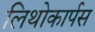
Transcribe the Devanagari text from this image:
लिथोकार्पस